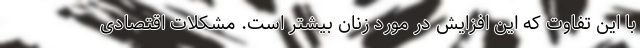
با این تفاوت که این افزایش در مورد زنان بیشتر است. مشکلات اقتصادی